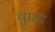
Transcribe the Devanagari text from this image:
चुपड़